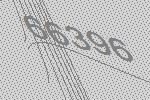
66396